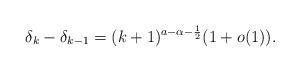
LaTeX: \begin{align*}\delta_k - \delta_{k-1}= (k+1)^{a-\alpha-\frac{1}{2}} ( 1 +o(1)).\end{align*}